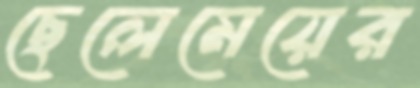
ছেলেমেয়ের